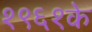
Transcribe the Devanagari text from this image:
१९६१के